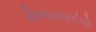
વિજયભાઈએ